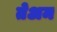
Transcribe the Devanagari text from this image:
तेअम